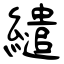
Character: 繾